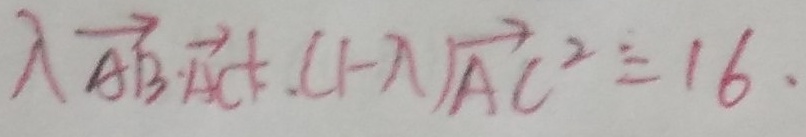
\lambda \overrightarrow { A B } \cdot \overrightarrow { A C } + . ( 1 - \lambda ) \overrightarrow { A C } = 1 6 .